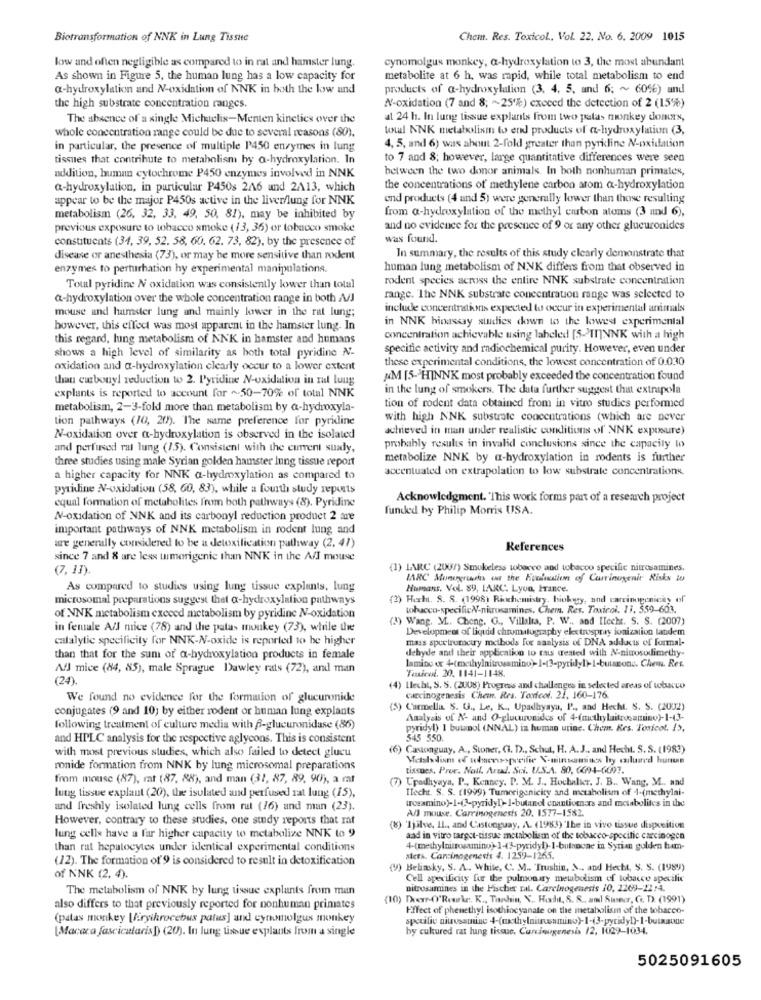
Bictransformation of NNK in Lung Tissue
Chem. Res. Toxicol, Vol. 22, No. 6. 2009 1015
low and often negligible as compared to in rat and hamster lung.
cynomolgus monkey, a-hydroxylation to 3, the most abundant
As shown in Figure 5, the human lung has a low capacity for
metabolite at 6 h, was rapid, while total metabolism to end
a-hydroxylation and N-oxidation of NNK in both the low and
products of a-hydroxylation (3, 4, 5, and 6; ~ 606) and
the high substrate concentration ranges.
N-oxidation (7 and 8; ~ 25%) exceed the detection of 2 (15%)
The absence of a single Michelis-Menten kinetics over the
at 24 h. In lung tissue explants from two palas monkey donors,
total NNK metabolism to end products of a-hydroxylation (3,
whole concentration range could be due to several reasons (80).
in particular, the presence of multiple P450 enzymes in lung
4, 5, and 6) was about 2-fold greater than pyridine N-oxidation
tissues that contribute to metabolism by a-hydroxylation. In
to 7 and 8; however, large quantitative differences were seen
addition, human cytochrome P450 enzymes involved in NNK
between the two donor animals In both nonhuman primates,
@-hydroxylation, in particular P450s 2A6 and 2A13, which
the concentrations of methylene carbon atom a-hydroxylation
appear to be the major P450s active in the liver/lung for NNK
end products (4 and 5) were generally lower than those resulting
from @-hydroxylation of the methyl carbon atoms (3 und 6),
metabolism (26, 32, 33, 49, 50, 81), may be inhibited by
previous exposure to tobacco smoke (13, 36) or tobacco smoke
and no evidence for the presence of 9 or any other glucuronides
constituents (34, 39, 52. 58, 60. 62. 73, 82), by the presence of
was found.
disease or anesthesia (73), or may be more sensitive than roxdent
In summary, the results of this study clearly demonstrate that
enzymes to perturbation hy experimental manipulations.
human lung metabolism of NNK differs from that observed in
rodent species across the entire NNK substrate concentration
Total pyridine N oxidation was consistently lower than total
a-hydroxylation over the whole concentration range in both A/J
range. The NNK substrate concentration range was selected to
mouse and hamster lung and mainly lower in the rat lung;
include concentrationis expected to occur in experimental animals
in NNK hinassay studies down to the lowed experimental
however, this effect was most apparent in the hamster lung. In
this regard, lung metabolism of NNK in hamster and humans
concentration achievable using labeled [5->INNK with a high
shows a high level of similarity as both total pyridine N-
specific activity and radiochemical purity. However, even under
these experimental conditions, the lowest concentration of 0.030
oxidation and a-hydroxylation clearly occur to a lower extent
than carbonyl reduction to 2. Pyridine N-oxidation in ral lung
M [5-HINNK most probably exceeded the concentration found
in the lung of smokers. The data further suggest that extrapola
explants is reported to account for ~50-70% of total NNK
metabolism, 2-3-fold more than metabolism by a-hydroxyla-
tion of rodent data obtained from in vitro studies performed
tion pathways (10, 20). The same preference for pyridine
with high NNK substrate concentrations (which are never
achieved in man under realistic conditions of NNK exposure)
N-oxidation over a-hydroxylation is observed in the isolated
and perfused rat lung (15). Consistent with the current suady,
probably results in invalid conclusions since the capacity lo
three studies using male Syrian golden hamster lung tissue report
metabolize NNK by a-hydroxylation in rodents is further
accentuated on extrapolation to low substrate concentrations
a higher capacity for NNK a-hydroxylation as compared to
pyridine N-oxidation (58, 60, 83), while a fourth study reports
equal formation of metabolites from both pathways (8). Pyridine
Acknowledgment. "This work forms part of a research project
funded by Philip Morris USA.
N-oxidation of NNK and its carbonyl reduction product 2 se
important pathways of NNK metabolism in rodent lung and
are generally considered to be a detoxification pathway (2, 41)
References
since 7 and 8 are less umorigenie than NNK in the A/I mouse
(7, 11).
(1) IARC (2007) Smokeless wbarco and tobacco specific nitrosamines.
IARC Moneyruhs on the Evolution of Carrinuyenir Risks to
As compared to studies using lung tissue explants, lung
Humans. Vol. 89, LARC. Lyon, France.
microsomal preparations suggest that a-hydroxylation pathways
(2) Hoch. S. S. (1998) Rixchemistry, biokuy, and carcinogenicay of
tobacco-specificN-nitrosamines. Chem. Res. Toxicol. 11. 559-603.
of NNK metabolism exceed metabolism by pyridine N-oxidation
) Wang. ML. Cheng. G ., Villalta, P. W ., and Ileche. S. S. (2007)
in female All mice (78) and the patas monkey (73), while the
Development of liquid chromatography electrospray ionization landem
catalytic specificity for NNK-N-oxide is reported to be higher
mass spectrumcury methods for analysis of DNA adducts of formal-
dehyde and their application to tais treated with N-nitrosodimethy-
than that for the sum of a-hydroxylation products in female
lamino or 4-(methylnitrosamino)-1-(3-pyridyl)-1-butsono. Chew. Res.
All mice (84, 85), male Sprague Dawley rats (72), and man
Toxicol. 20. 1141-1148
(24).
(4) Llechl, S. S. (2008) Progress and challenges in selected areas of tobacco
Carcinogenesis Chem. Res. Toxicol. 21. 160-176.
We found no evidence for the formation of glucuronide
conjugates (9 and 10) by either rodent or human lung explants
(5) Carmella S. U ., Le, K ., Upadhyaya, P ., and Hecht. S. S. (2002)
Analysis of N- and O-glucuronides of 4-(methylaitrocamino)-1-13-
following treatment of culture media with f-glucuronidase (86)
pyridyl) 1 butanol (NNAL) in human utinc. Chem. Res. Toxicot. />,
and HPLC analysis for the respective aglycons. This is consistent
345 550.
5) Castonguay, A ., Stoner, CI. D ., Schut, H. A. J .. and Hecht. S. S. (1983)
with most previous studies, which also failed to detect glucu
Metalsdism of whaces-spreifie V-niunsamiaca by caluared hunun
ronide formation from NNK by lung microsomal preparations
tissues, Prue. Nail. Aru. Sci. U.S.A. 80, 6694-6097.
from mouse (87), rat (87, 88), and man (31, 87, 89, 90), a mt
(7) Upadhyaya. P ., Kenney. P. M. J ., Hochalicer. J. B ., Wang, M .. and
Ilecht. S. S. (1999) Tumerigenicity and metabolism of 1-(methylai-
lung tissue explant (20), the isulated and perfused rat lung (15),
trosamino)-1-@-pyridy!) I-butanol enantiomars and metabolites in the
and freshly isolated lung cells from rut (16) and man (23).
All mouse. Carrinogenesis 20. 1577-1582.
However, contrary to these studies, one sudy reports that rat
(8) 'Ijilve, IL ., and Castonguay, A. (1983) The in vivo tissue disposition
lung cells have a far higher capacity to metabolize NNK to 9
aad in vitro target-tissue metabolism of the tobacco-specific carcinogen
than rat hepatocytes under identical experimental conditions
4-(methylmitrosamino)-1-(3-pyidyl)-I-bulnovae in Syrien gulden ham-
(12). The formation of'9 is considered to result in detoxification
sets. Carcinogenesis 4. 1259-1265.
) Beliasky, S. A ., While, C. M .. Trushin, A ., and Hecht, S. S. (1989)
Of NNK (2, 4).
Cell specificity fur the pulmonary metabolism of tobacco specific
The metabolism of NNK by lung tissue explants from man
nitrosamines in the Fischer tal. Carcinogenesis 10, 2269-22:4.
(10) Dem-O'Rourke. K ., Tachin, Y .. Holt, 8. 8. aml Sweer, C. D). (1991)
also differs to that previously reported for nonhuman primates
Effect of phenethyl isothiocyanate on the metabolism of the tobacco-
(patas monkey [iryikrocebus patus] and cynamolgus monkey
by cukured rat lung tissue. Curciougenesis 12, 1029-1034.
Macaca fascicularis)) (20). In lung tissue esplants from a single
5025091605